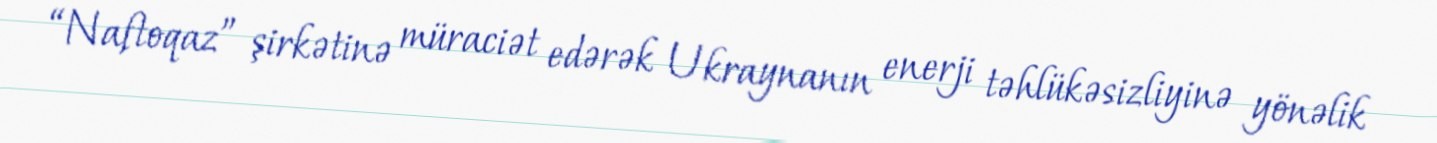
“Naftoqaz” şirkətinə müraciət edərək Ukraynanın enerji təhlükəsizliyinə yönəlik